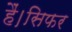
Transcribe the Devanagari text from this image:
हैं।सिफर